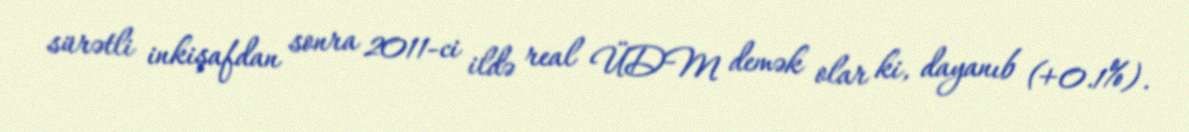
sürətli inkişafdan sonra 2011-ci ildə real ÜDM demək olar ki, dayanıb (+0.1%).